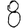
Digit: 8